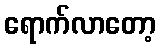
ရောက်လာတော့